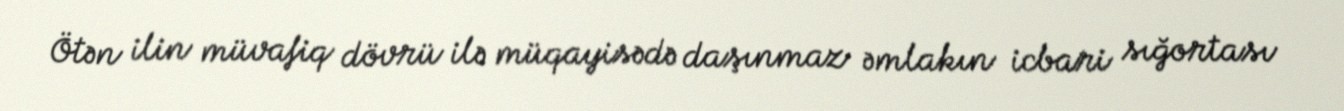
Ötən ilin müvafiq dövrü ilə müqayisədə daşınmaz əmlakın icbari sığortası